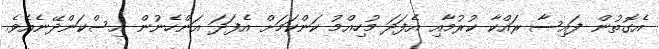
އެގޮތުން ފައިސާ ރައްކާ ކުރުމާއި އެފަދަ މުހިއްމު ކަންކަމަށް އެފަދަ އަންހެނުން އިސްކަންދޭނެއެވެ.